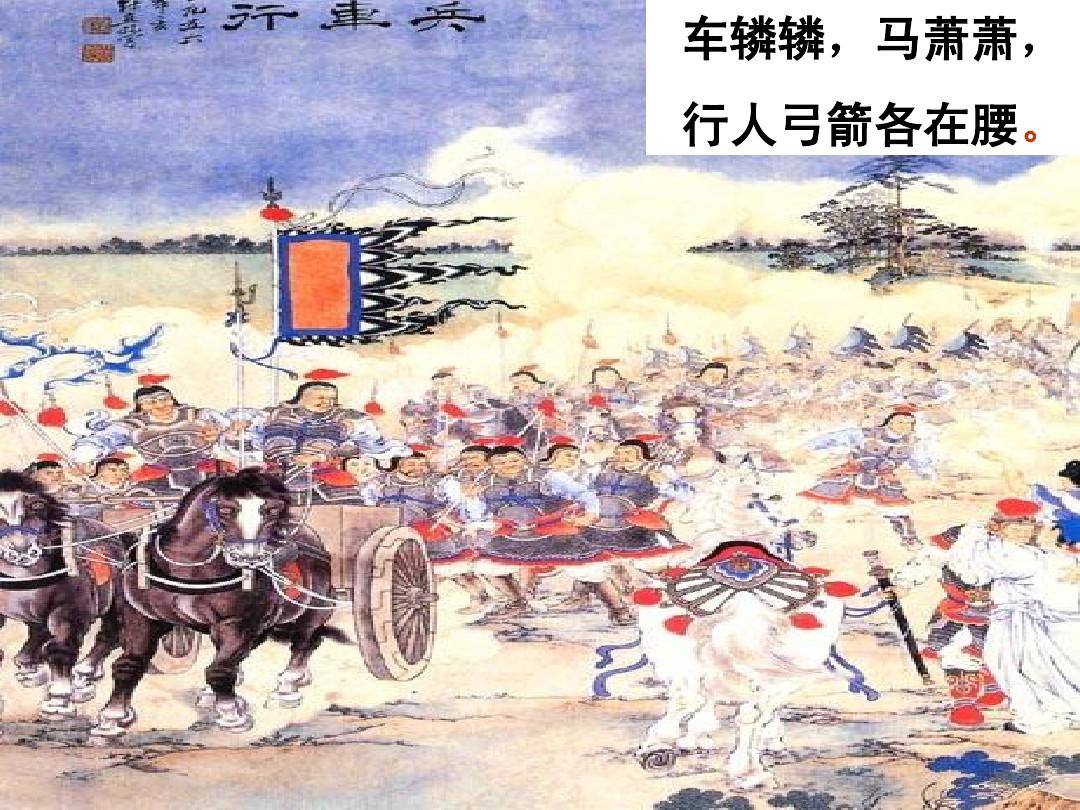
车辚辚，马萧萧，行人弓箭各在腰。